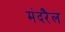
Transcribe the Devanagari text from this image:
मंदरैल